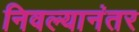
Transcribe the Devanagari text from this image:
निवल्यानंतर